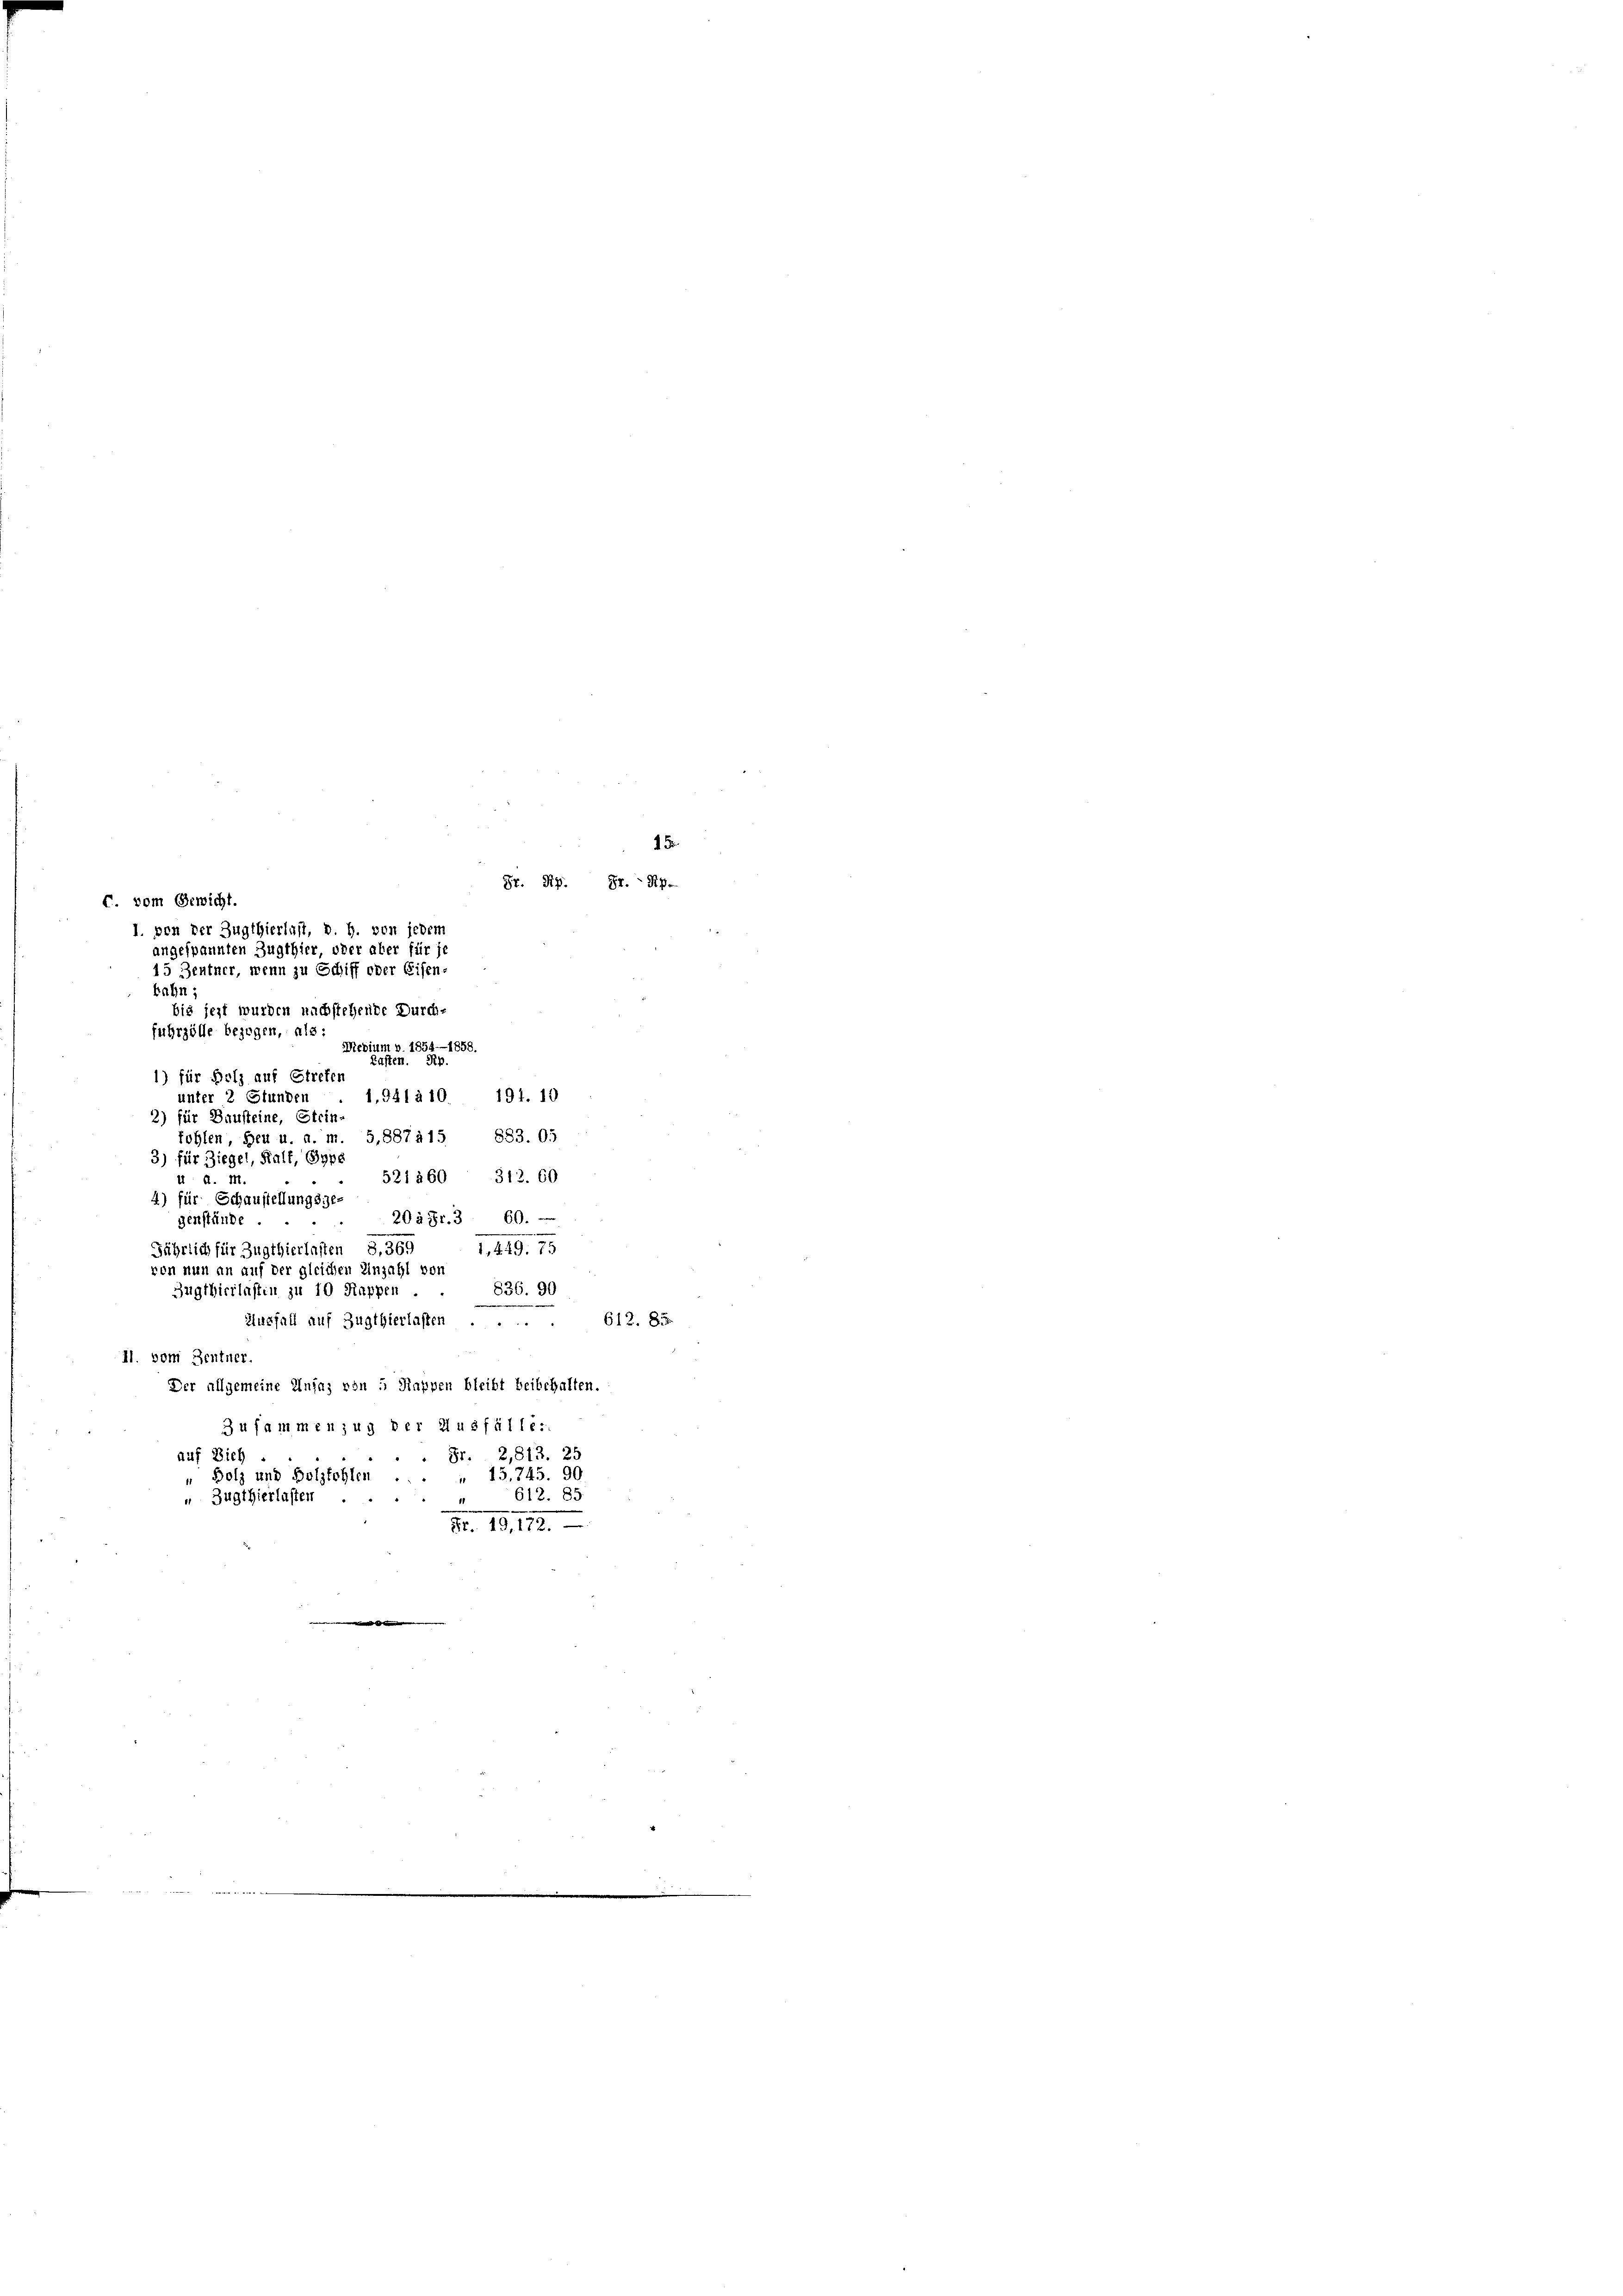
C. vom Gewicht.
bahn
bis jezt wurden nachstehende Durch-
fuhrzölle bezogen, als
Mebium v. 1854—1858.
Lasten. Rp.
1) für Holz auf Streten
unter 2 Stunden . 1, Gilà 10 191. 10
2) für Bausteine, Stein-
fohlen Heu u. a. m. 5,887415 883. 95
3) für Ziegel, Kalt, Sype
521 260 312. 60
u: d. M.
4) für Schaustellungsge-
20à Fr. 3 60.
genstände
281. 25
Jährlich für Zugthierhaften
von nun an auf der gleichen Einzahl von
836. 90
Zugthierlasten zu 10 Rappen
Ausfall auf Zugthierlassen.
II. vom Zentner.
Der allgemeine Insas von 5 Rappen bleibt beibehalten.
Zusammenzug der Ausfülle:
Fr. 2,813. 25
auf Dich
Bolz und Bolzfohlen . . . 13. 745. 90.
612. 85.
Zugthierlasten.
Nr. 19, 172.

1 Fr.
Sr. Hs. Hr. Sp
l. von der Zugthierlast, v. h. von jedem
angespannten Zugthier, oder aber für je
15 Zentner, wenn zu Schiff oder Eisen-

612. 83.